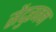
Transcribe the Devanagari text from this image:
सेंदुरजन